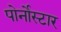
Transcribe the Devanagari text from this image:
पोर्नोस्टार